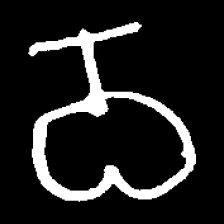
Pyu character \u2014 Myanmar letter: ဝ (romanized: wa)